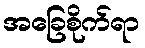
အခြေစိုက်ရာ